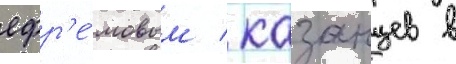
ефр'е́мовым / казанцев в